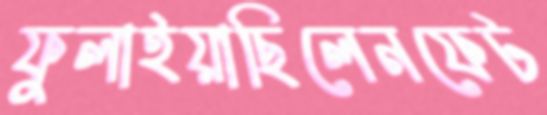
ফুলাইয়াছিলেনফেট